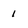
Character: 1